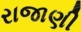
રાજાણી